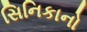
સિનિકાનો